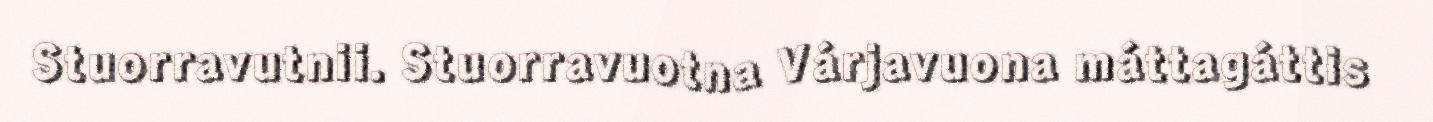
Stuorravutnii. Stuorravuotna Várjavuona máttagáttis